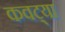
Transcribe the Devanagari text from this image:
कवट्या